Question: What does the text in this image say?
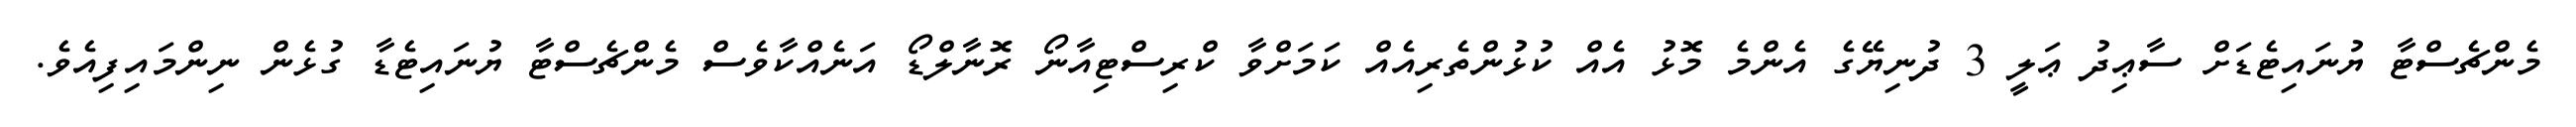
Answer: މެންޗެސްޓާ ޔުނައިޓެޑަށް ސާޢިދު ޢަލީ 3 ދުނިޔޭގެ އެންމެ މޮޅު އެއް ކުޅުންތެރިއެއް ކަމަށްވާ ކްރިސްޓިއާނޯ ރޮނާލްޑޯ އަނެއްކާވެސް މެންޗެސްޓާ ޔުނައިޓެޑާ ގުޅެން ނިންމައިފިއެވެ.